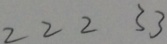
2 2 2 3 3